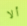
ألا